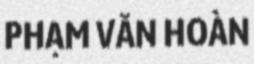
PHẠM VĂN HOÀN